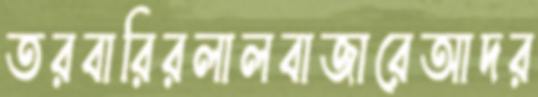
তরবারিরলালবাজারেআদর